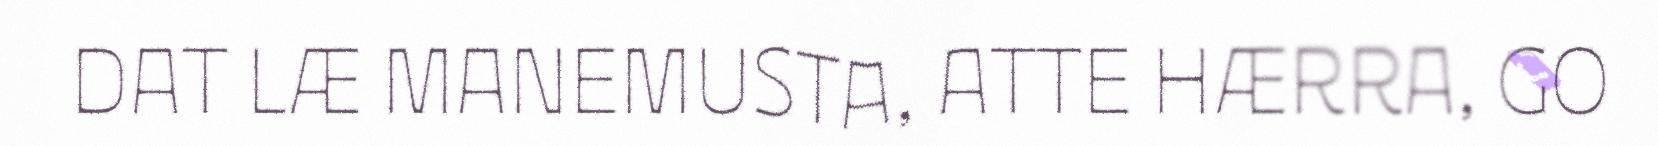
DAT LÆ MANEMUSTA, ATTE HÆRRA, GO